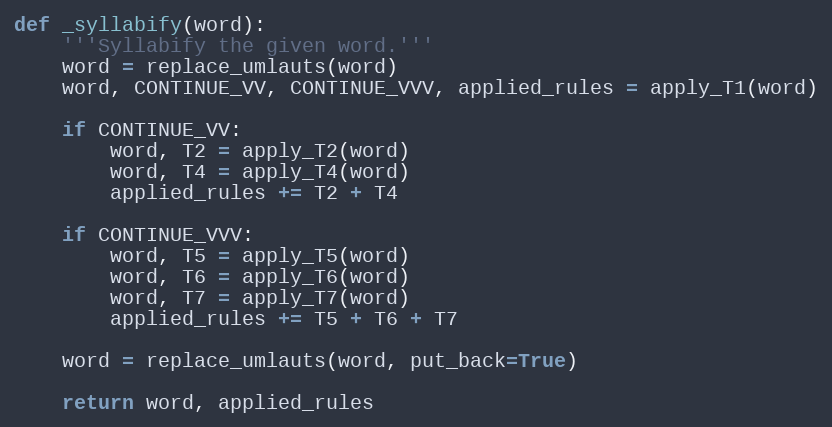
Language: Python
def _syllabify(word):
    '''Syllabify the given word.'''
    word = replace_umlauts(word)
    word, CONTINUE_VV, CONTINUE_VVV, applied_rules = apply_T1(word)

    if CONTINUE_VV:
        word, T2 = apply_T2(word)
        word, T4 = apply_T4(word)
        applied_rules += T2 + T4

    if CONTINUE_VVV:
        word, T5 = apply_T5(word)
        word, T6 = apply_T6(word)
        word, T7 = apply_T7(word)
        applied_rules += T5 + T6 + T7

    word = replace_umlauts(word, put_back=True)

    return word, applied_rules